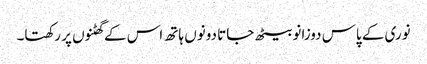
نوری کے پاس دوزانو بیٹھ جاتا دونوں ہاتھ اس کے گھٹنوں پر رکھتا۔